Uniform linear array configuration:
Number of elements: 48
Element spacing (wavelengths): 0.5
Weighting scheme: exponential
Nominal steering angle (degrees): -45
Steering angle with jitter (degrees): -46.449
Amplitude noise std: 0.05
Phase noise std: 0.05

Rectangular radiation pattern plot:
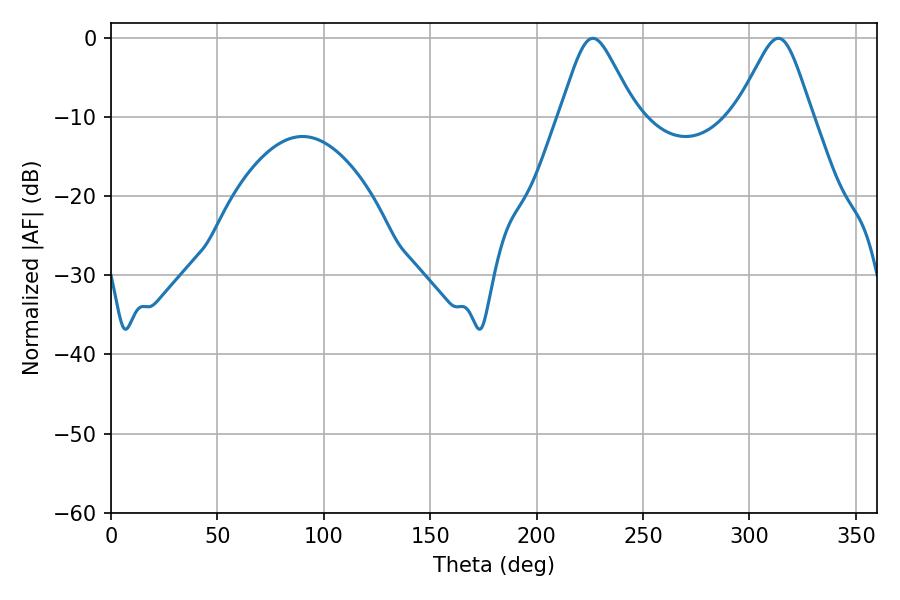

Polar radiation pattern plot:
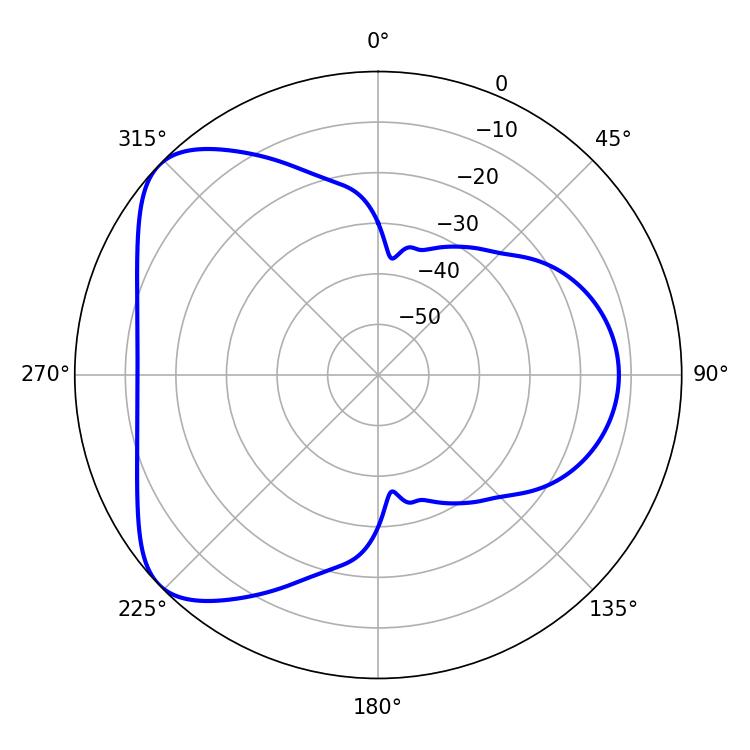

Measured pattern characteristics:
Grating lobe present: FALSE
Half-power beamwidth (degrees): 17.1
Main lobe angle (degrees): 226.44